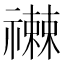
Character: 𥜕